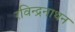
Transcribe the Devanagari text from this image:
रविन्द्रनाथन